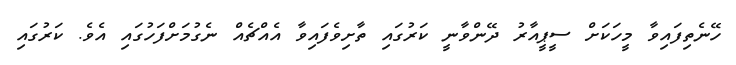
ހޭނެތިފައިވާ މީހަކަށް ސީޕީއާރު ދޭންވާނީ ކަރުގައި ތާށިވެފައިވާ އެއްޗެއް ނެގުމަށްފަހުގައި އެވެ. ކަރުގައި